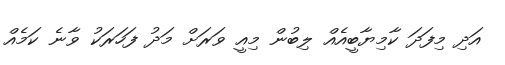
އަދި މިފަދަ ކާމިޔާބީއެއް ލިބުން މިއީ ވަރަށް މަދު ފަހަރަކު ވާނެ ކަމެއް